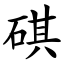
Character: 䃆